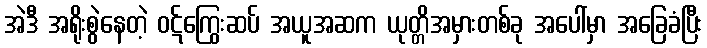
အဲဒီ အရိုးစွဲနေတဲ့ ဝဋ်ကြွေးဆပ် အယူအဆက ယုတ္တိအမှားတစ်ခု အပေါ်မှာ အခြေခံပြီး